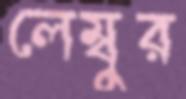
লেম্বুর